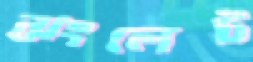
ঝংলেট